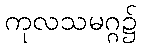
ကုလသမဂ္ဂ၌